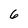
Character: 6